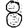
Digit: 8